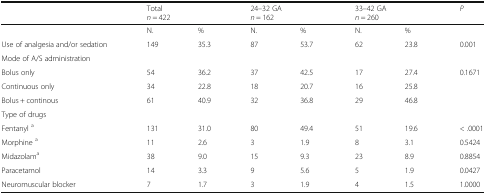
<table><thead><tr><td></td><td colspan="2"><b>Total<i>n</i> = 422</b></td><td colspan="2"><b>24–32 GA<i>n</i> = 162</b></td><td colspan="2"><b>33–42 GA<i>n</i> = 260</b></td><td><b><i>P</i></b></td></tr></thead><tbody><tr><td></td><td>N.</td><td>%</td><td>N.</td><td>%</td><td>N.</td><td>%</td><td></td></tr><tr><td>Use of analgesia and/or sedation</td><td>149</td><td>35.3</td><td>87</td><td>53.7</td><td>62</td><td>23.8</td><td>0.001</td></tr><tr><td>Mode of A/S administration</td><td colspan="7"></td></tr><tr><td>Bolus only</td><td>54</td><td>36.2</td><td>37</td><td>42.5</td><td>17</td><td>27.4</td><td rowspan="3">0.1671</td></tr><tr><td>Continuous only</td><td>34</td><td>22.8</td><td>18</td><td>20.7</td><td>16</td><td>25.8</td></tr><tr><td>Bolus + continous</td><td>61</td><td>40.9</td><td>32</td><td>36.8</td><td>29</td><td>46.8</td></tr><tr><td>Type of drugs</td><td colspan="7"></td></tr><tr><td>Fentanyl <sup>a</sup></td><td>131</td><td>31.0</td><td>80</td><td>49.4</td><td>51</td><td>19.6</td><td>&lt; .0001</td></tr><tr><td>Morphine <sup>a</sup></td><td>11</td><td>2.6</td><td>3</td><td>1.9</td><td>8</td><td>3.1</td><td>0.5424</td></tr><tr><td>Midazolam<sup>a</sup></td><td>38</td><td>9.0</td><td>15</td><td>9.3</td><td>23</td><td>8.9</td><td>0.8854</td></tr><tr><td>Paracetamol</td><td>14</td><td>3.3</td><td>9</td><td>5.6</td><td>5</td><td>1.9</td><td>0.0427</td></tr><tr><td>Neuromuscular blocker</td><td>7</td><td>1.7</td><td>3</td><td>1.9</td><td>4</td><td>1.5</td><td>1.0000</td></tr></tbody></table>